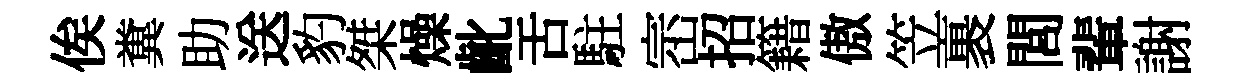
俟糞助送豹桀燥齔舌駐崈招籍傲笠裹閭輩謝